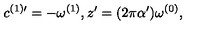
c ^ { ( 1 ) \prime } = - \omega ^ { ( 1 ) } , z ^ { \prime } = ( 2 \pi \alpha ^ { \prime } ) \omega ^ { ( 0 ) } ,